Leaving Certificate Examination (including Day School Certificate (Higher) General paper), 1930
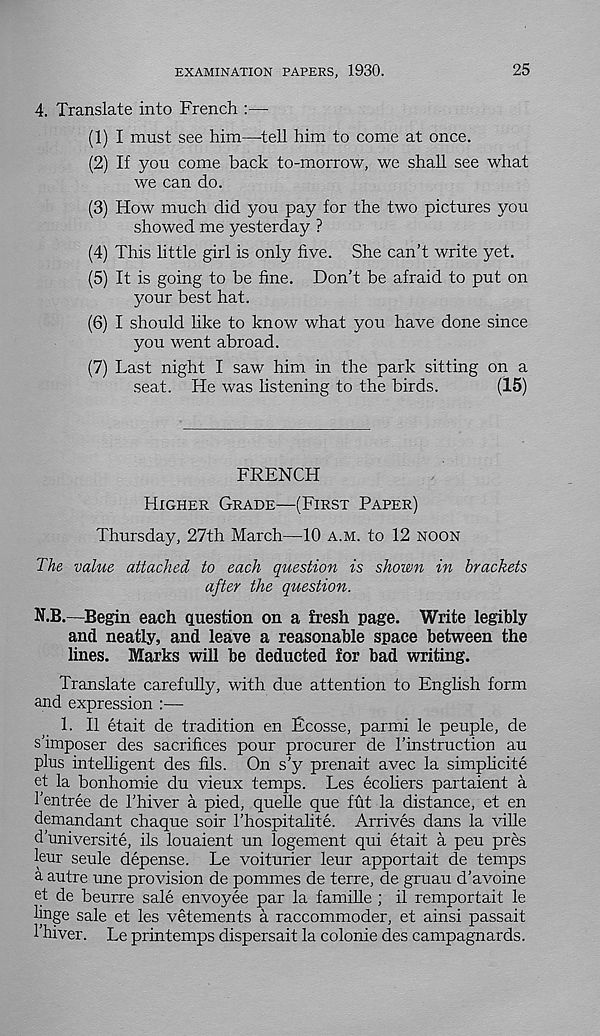
EXAMINATION PAPERS, 1930.
25
4. Translate into French :—
(1) I must see him—-tell him to come at once.
(2) If you come back to-morrow, we shall see what
we can do.
(3) How much did you pay for the two pictures you
showed me yesterday ?
(4) This little girl is only five. She can’t write yet.
(5) It is going to be fine. Don’t be afraid to put on
your best hat.
(6) I should like to know what you have done since
you went abroad.
(7) Last night I saw him in the park sitting on a
seat. He was listening to the birds.
(15)
FRENCH
HIGHER GRADE—(FIRST PAPER)
Thursday, 27th March—10 A.M. to 12 NOON
The value attached to each question is shown in brackets
after the question.
N.B.—Begin each question on a fresh page. Write legibly
and neatly, and leave a reasonable space between the
lines. Marks will be deducted for bad writing.
Translate carefully, with due attention to English form
and expression :—
1. II etait de tradition en Ecosse, parmi le peuple, de
s’imposer des sacrifices pour procurer de I’instruction au
plus intelligent des fils. On s’y prenait avec la simplicite
et la bonhomie du vieux temps. Les ecoliers partaient a
1’entree de 1’hiver a pied, quelle que fut la distance, et en
demandant chaque soir I’hospitalite. Arrives dans la ville
d’universite, ils louaient un logement qui etait a peu pres
leur seule depense. Le voiturier leur apportait de temps
a autre une provision de pommes de terre, de gruau d’avoine
et de beurre sale envoyee par la famille ; il remportait le
linge sale et les vetements a raccommoder, et ainsi passait
1’hiver. Le printemps dispersait la colonie des campagnards.